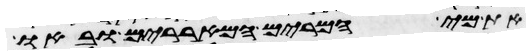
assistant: את מי המרים המאררים ובאו